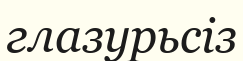
глазурьсіз